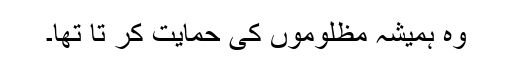
وہ ہمیشہ مظلوموں کی حمایت کر تا تھا۔